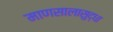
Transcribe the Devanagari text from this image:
माणसालासुद्धा